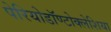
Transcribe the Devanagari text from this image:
पेरियोडॉण्टोक्लेशिया